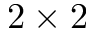
2 \times 2